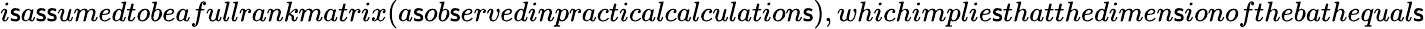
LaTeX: i\mathsf{s}a\mathsf{s}\mathsf{s}umedtobeafullrankmatrix(a\mathsf{s}ob\mathsf{s}ervedinpracticalcalculation\mathsf{s}),whichimplie\mathsf{s}thatthedimen\mathsf{s}ionofthebathequal\mathsf{s}